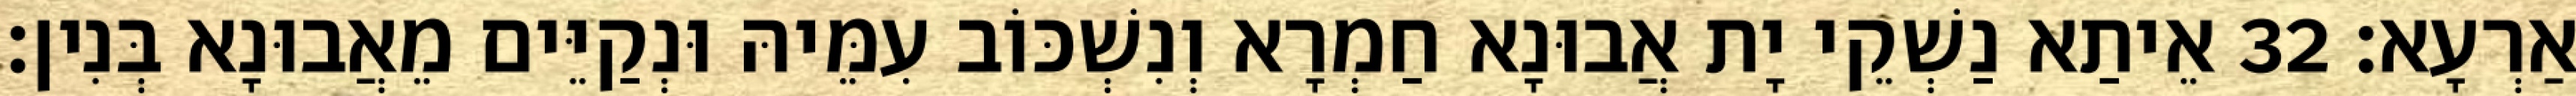
אַרְעָא׃ 32 אֵיתַא נַשְׁקֵי יָת אֲבוּנָא חַמְרָא וְנִשְׁכּוֹב עִמֵּיהּ וּנְקַיֵּים מֵאֲבוּנָא בְּנִין׃